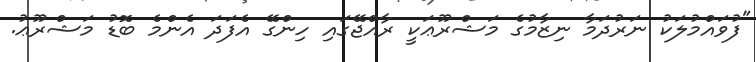
"ފުވައްމުލަކު ނަރުދަމާ ނިޒާމުގެ މަޝްރޫޢަކީ ރާއްޖޭގައި ހިންގޭ އެފަދަ އެންމެ ބޮޑު މަޝްރޫޢު.